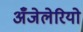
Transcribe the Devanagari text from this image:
अँजेलेरियो